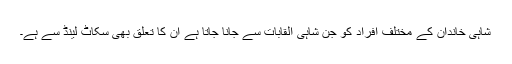
شاہی خاندان کے مختلف افراد کو جن شاہی القابات سے جانا جاتا ہے ان کا تعلق بھی سکاٹ لینڈ سے ہے۔